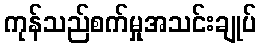
ကုန်သည်စက်မှုအသင်းချုပ်